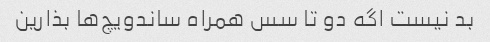
بد نیست اگه دو تا سس همراه ساندویچ‌ها بذارین